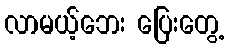
လာမယ့်ဘေး ပြေးတွေ့